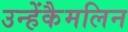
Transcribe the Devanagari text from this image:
उन्हेंकैमलिन